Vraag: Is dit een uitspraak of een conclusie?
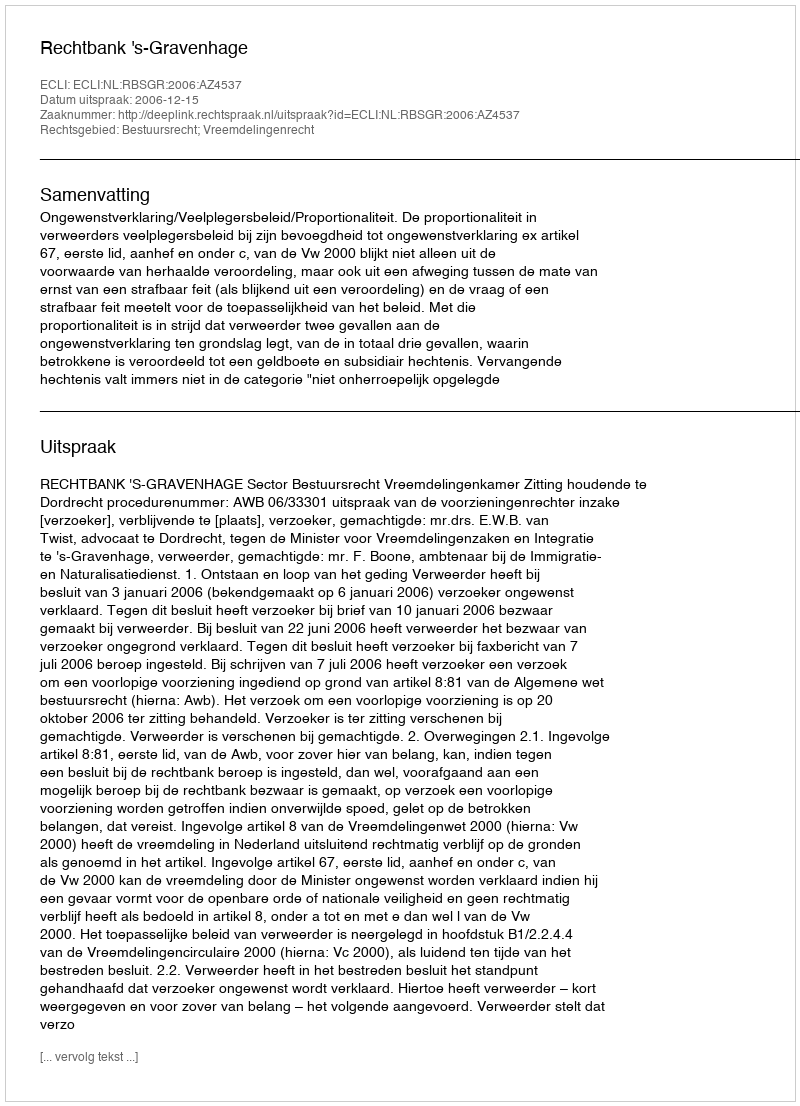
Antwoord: Uitspraak